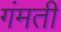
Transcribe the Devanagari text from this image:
गंमती